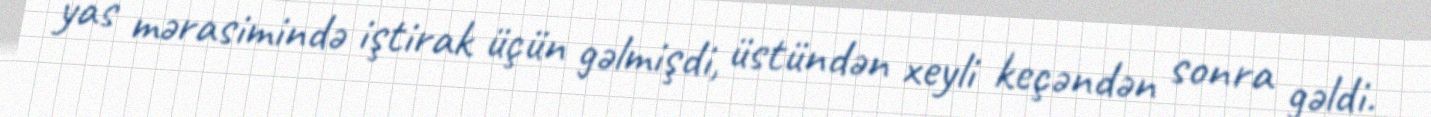
yas mərasimində iştirak üçün gəlmişdi, üstündən xeyli keçəndən sonra gəldi.